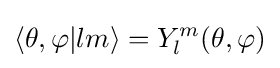
\langle \theta ,\varphi |lm\rangle =Y_{l}^{m}(\theta ,\varphi )